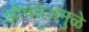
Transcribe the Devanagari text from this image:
औषधअमुळे